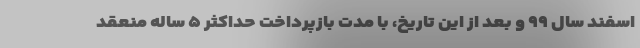
اسفند سال ۹۹ و بعد از این تاریخ،‌ با مدت بازپرداخت حداکثر ۵ ساله منعقد